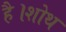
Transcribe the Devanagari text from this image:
है।शोथ